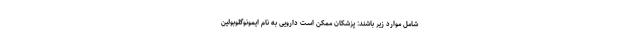
شامل موارد زیر باشند: پزشکان ممکن است دارویی به نام ایمونوگلوبولین